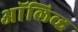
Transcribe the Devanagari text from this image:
अाॅलिव्ह